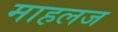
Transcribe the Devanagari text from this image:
माहलज